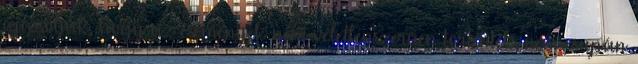
igazolják, hogy az események nem véletlenszerűen történtek, nem csupán